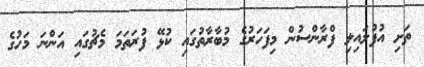
ތަށި އުފުލައިލި ފްރާންސުން މިފަހަރުގެ މުބާރާތުގައި ކުޅޭ ފުރަތަމަ މެޗުގައި އަންނަ މަހުގެ